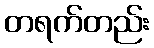
တရက်တည်း